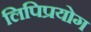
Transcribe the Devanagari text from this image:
लिपिप्रयोग